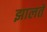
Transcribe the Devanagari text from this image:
झालते